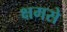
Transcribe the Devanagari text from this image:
क्षमसे